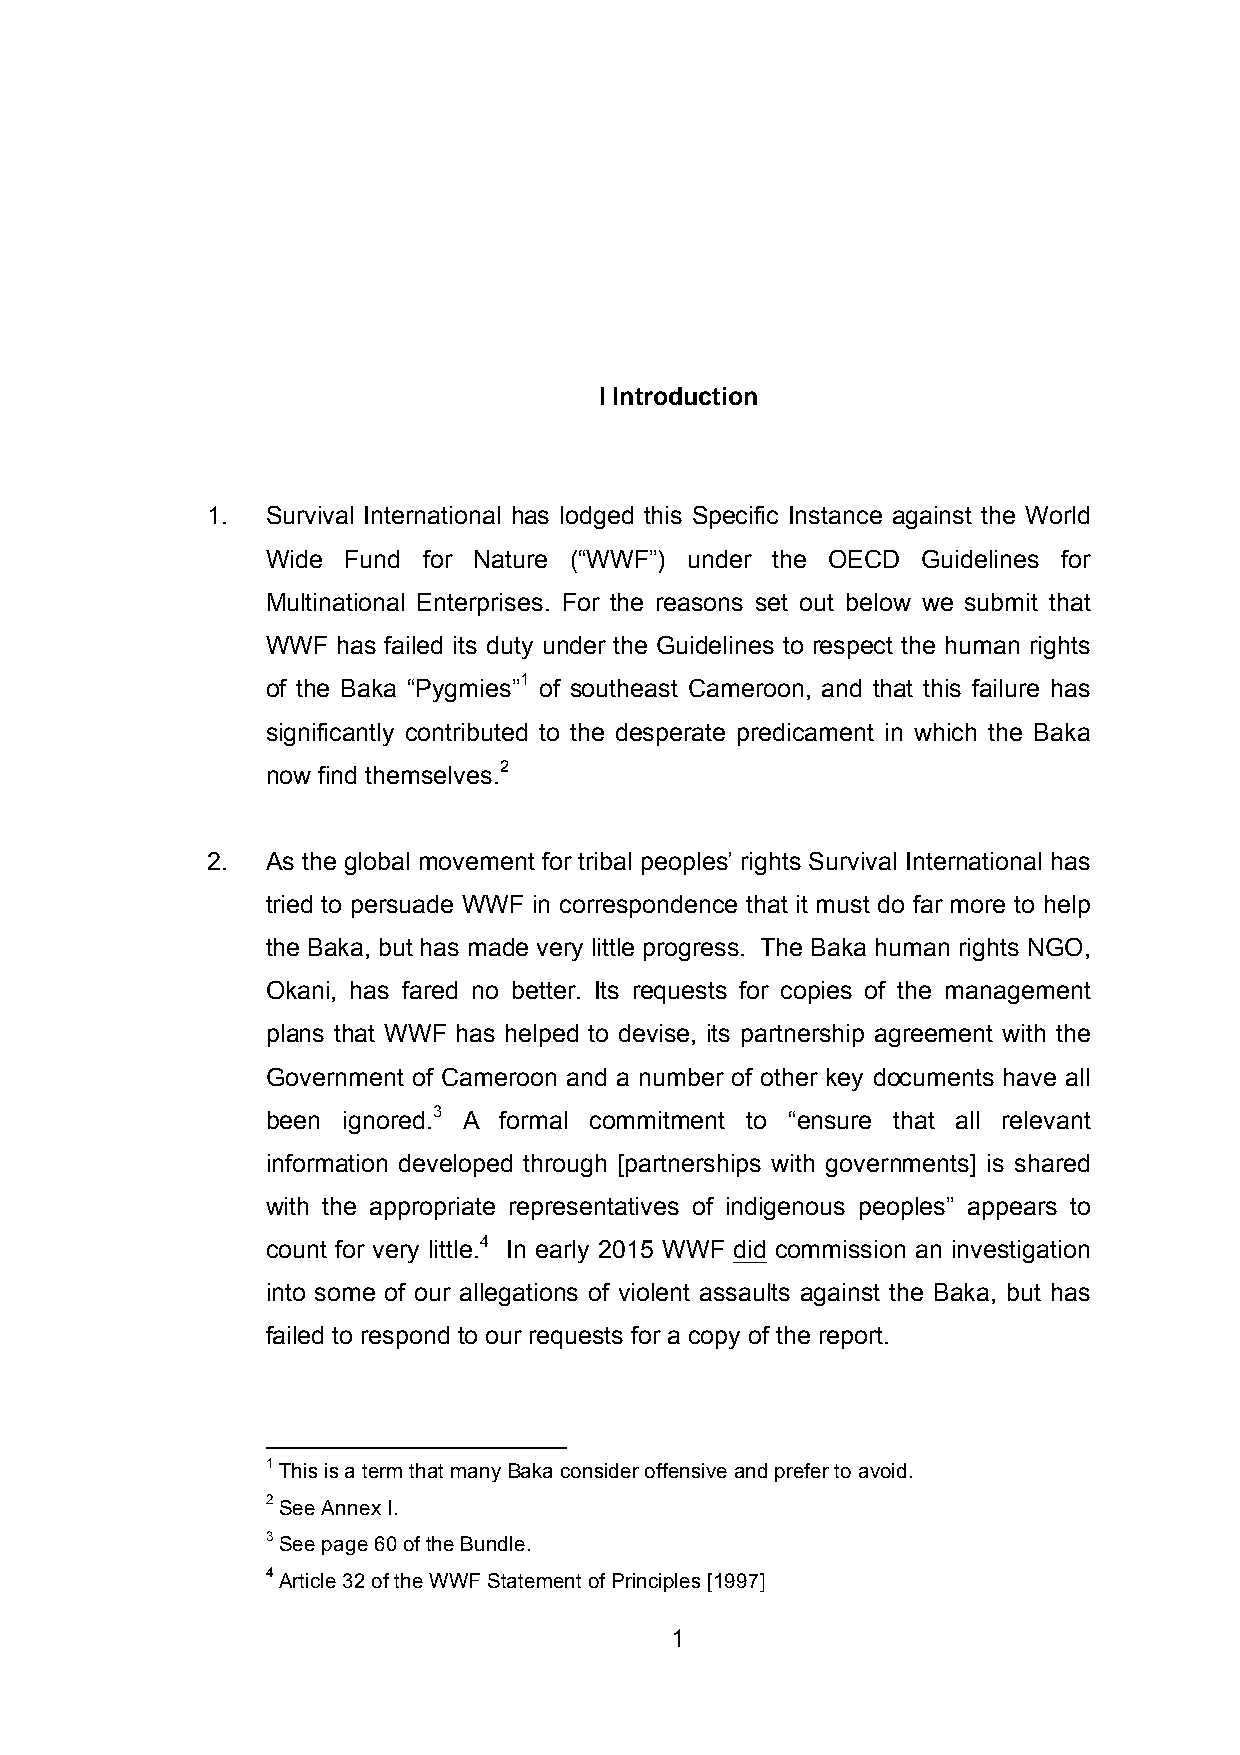
I Introduction
 1.  Survival International has lodged this Specific Instance against the World
 Wide Fund for Nature (“WWF”) under the OECD Guidelines for
 Multinational Enterprises. For the reasons set out below we submit that
 WWF has failed its duty under the Guidelines to respect the human rights
 of the Baka “Pygmies”1 of southeast Cameroon, and that this failure has
 significantly contributed to the desperate predicament in which the Baka
 now find themselves.2
 2.  As the global movement for tribal peoples’ rights Survival International has
 tried to persuade WWF in correspondence that it must do far more to help
 the Baka, but has made very little progress. The Baka human rights NGO,
 Okani, has fared no better. Its requests for copies of the management
 plans that WWF has helped to devise, its partnership agreement with the
 Government of Cameroon and a number of other key documents have all
 been ignored.3 A formal commitment to “ensure that all relevant
 information developed through [partnerships with governments] is shared
 with the appropriate representatives of indigenous peoples” appears to
 count for very little.4 In early 2015 WWF did commission an investigation
 into some of our allegations of violent assaults against the Baka, but has
 failed to respond to our requests for a copy of the report.
 1 This is a term that many Baka consider offensive and prefer to avoid.
 2 See Annex I.
 3 See page 60 of the Bundle.
 4 Article 32 of the WWF Statement of Principles [1997]
 1